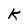
Character: K